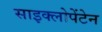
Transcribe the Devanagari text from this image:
साइक्लोपेंटेन